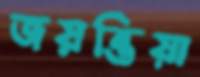
জয়ন্তিয়া